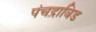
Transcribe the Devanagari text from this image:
पंचद्राविड